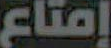
إمتاع